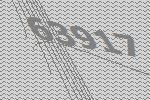
63917